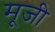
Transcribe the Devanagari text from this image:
मूजी